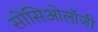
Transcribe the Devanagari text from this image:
सोसिओलॉजी